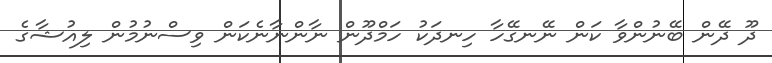
ދޫ ދޭން ބޭނުންވާ ކަން ނޭނގޭހާ ހިނދަކު ހަމްދޫން ނާންނާނެކަން ވިސްނުމުން ލިއުޝާގެ